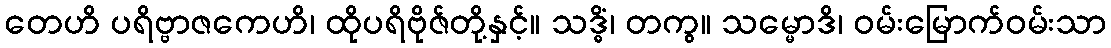
တေဟိ ပရိဗ္ဗာဇကေဟိ၊ ထိုပရိဗိုဇ်တို့နှင့်။ သဒ္ဓိံ၊ တကွ။ သမ္မောဒိ၊ ဝမ်းမြောက်ဝမ်းသာ